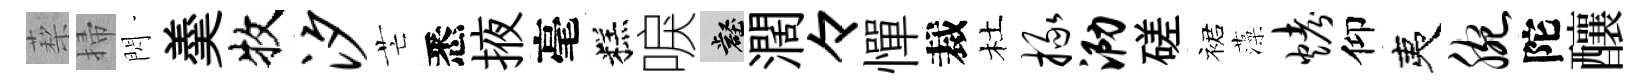
蔾掃閃羮牧汐芒悉掖毫糕唳壑濶々憚裁杜掾泐磋裙藻烤仰夷腕陀釀